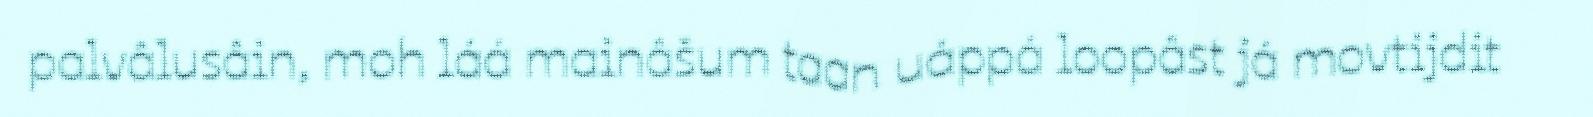
palvâlusâin, moh láá mainâšum taan uáppá loopâst já movtijdit